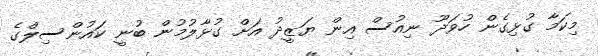
މިކަމާ ގުޅިގެން ހުވަދޫ ނިއުސް އިން ޔަޒީދު އަށް ގުޅާލުމުން ބުނީ ކައުންސިލްގެ